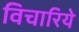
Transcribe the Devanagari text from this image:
विचारिये